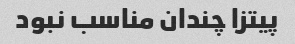
پیتزا چندان مناسب نبود